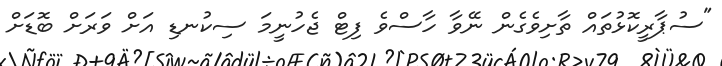
"ސުޕާރީކޮޅުތައް ތާށިވެގެން ނޭވާ ހާސްވެ ފިޓް ޖެހުނީމަ ސިކުނޑި އަށް ވަރަށް ބޮޑަށް